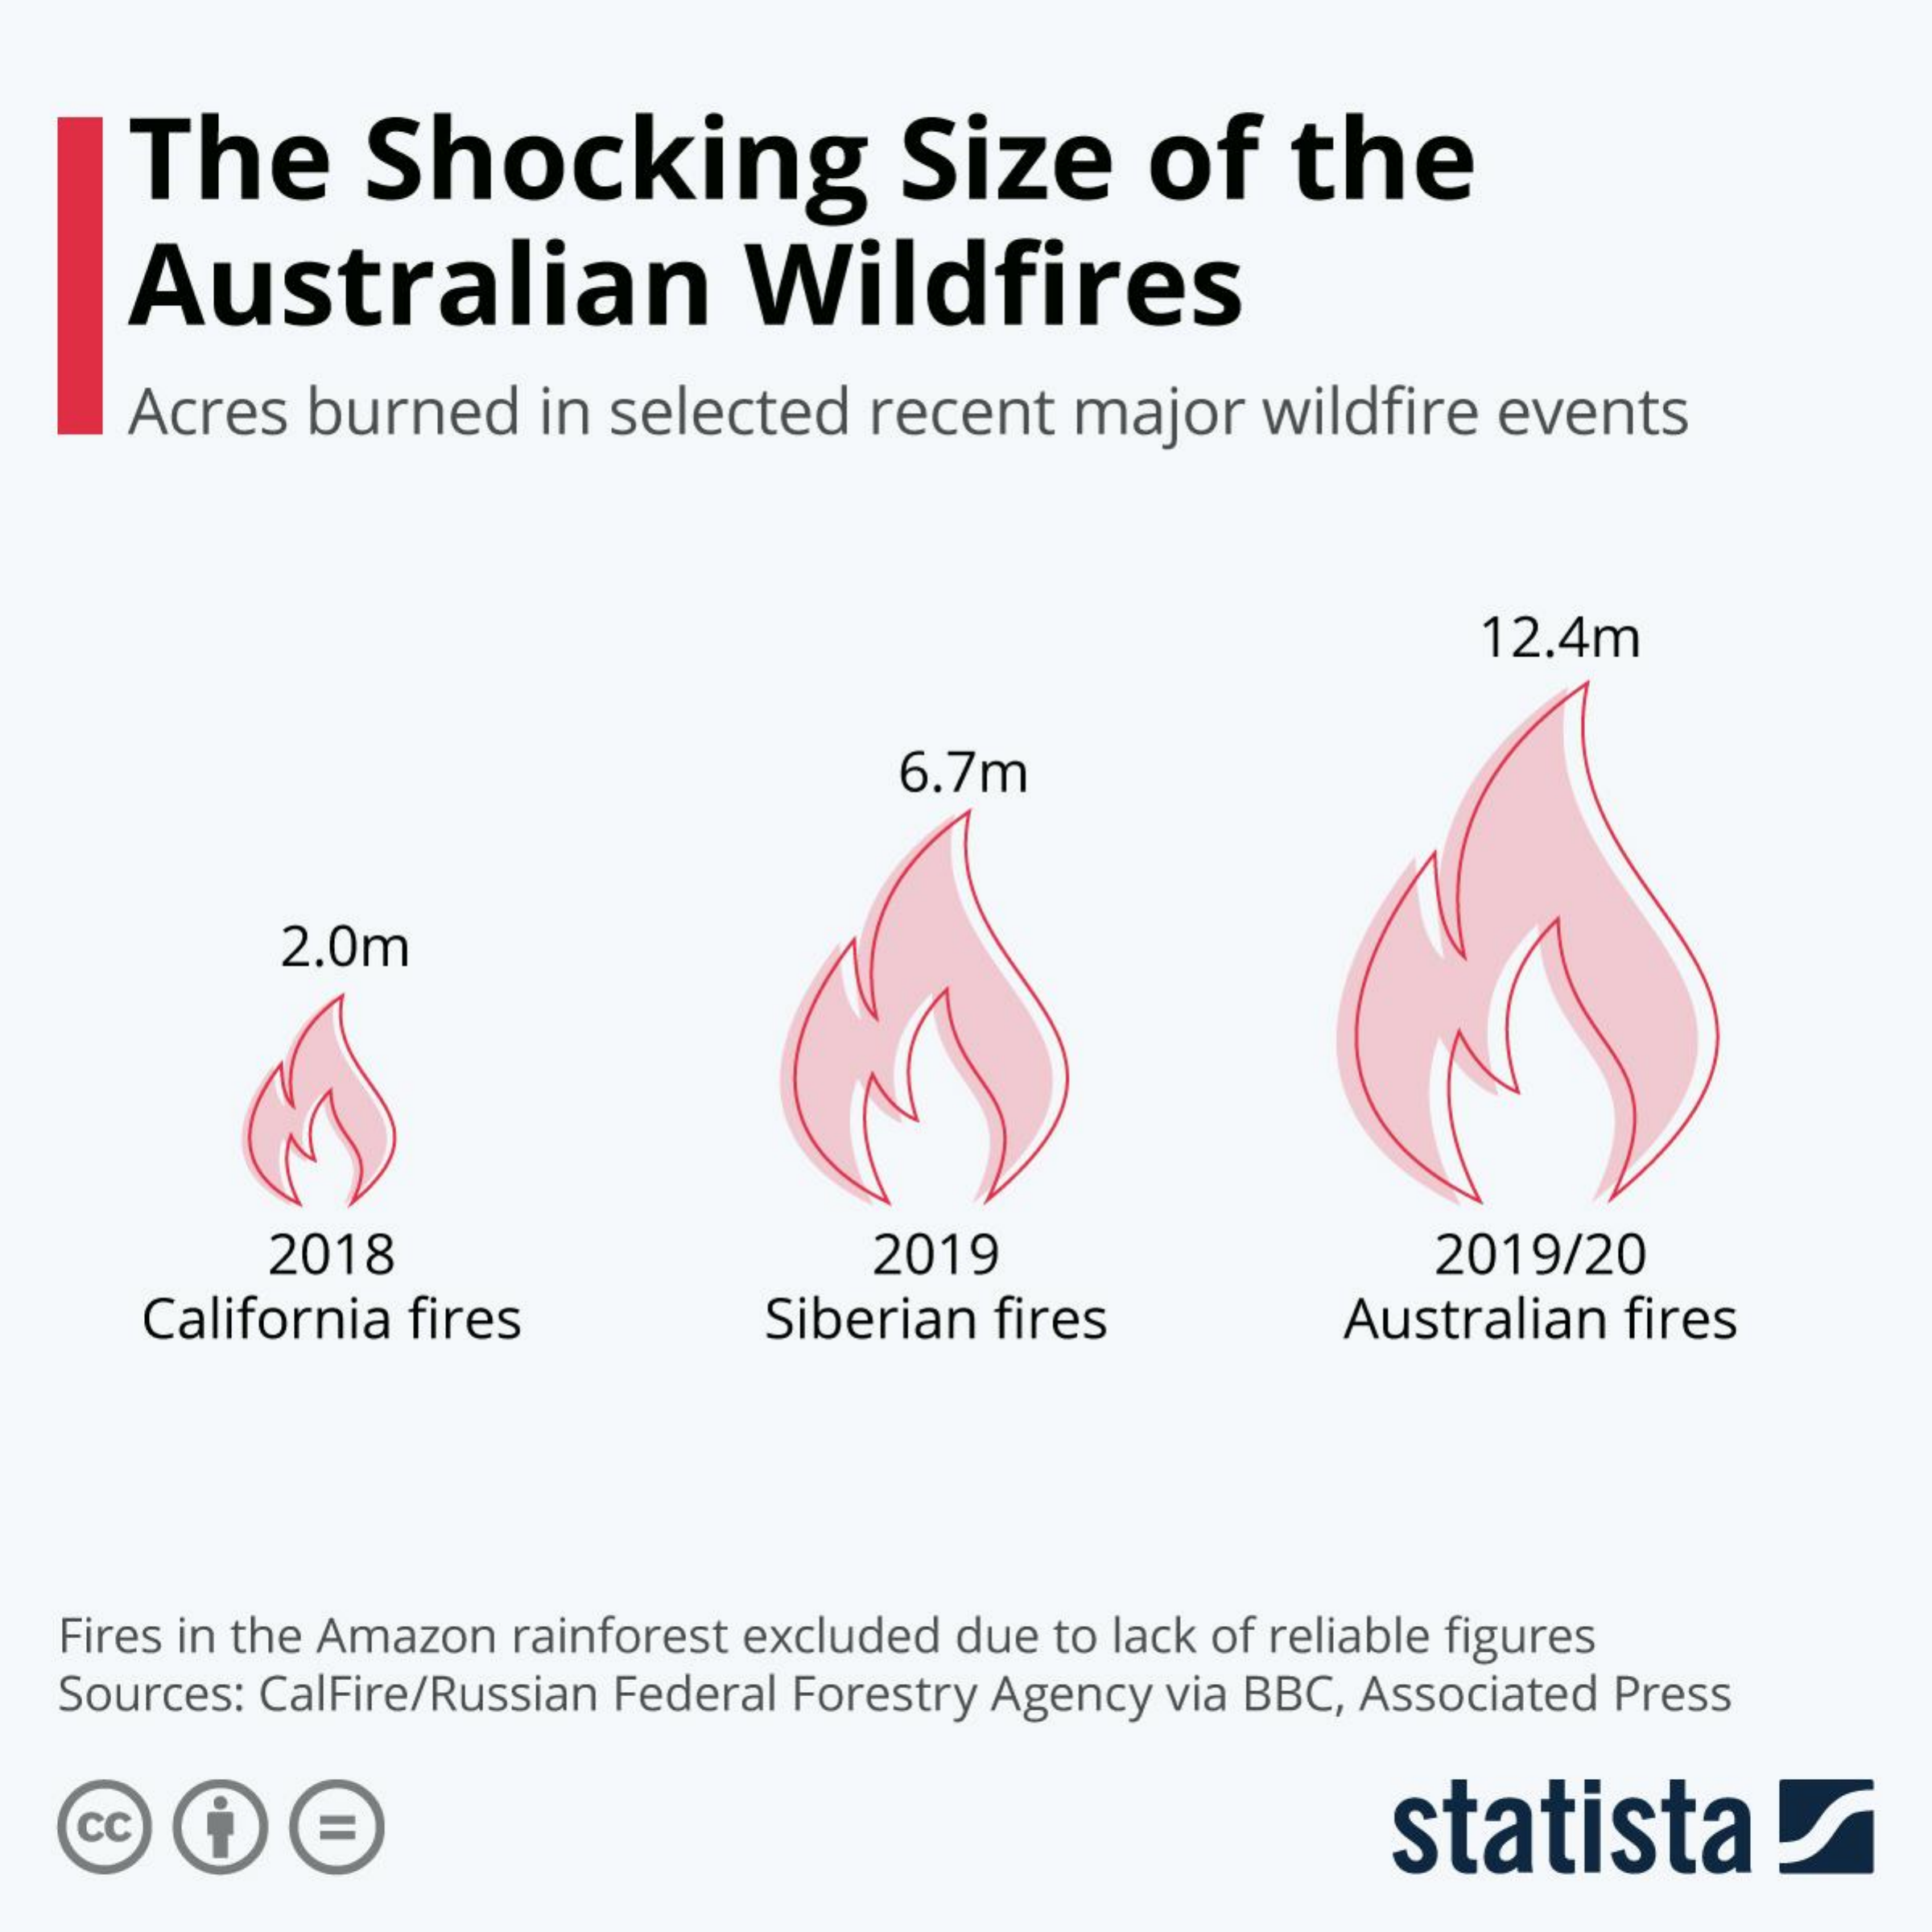
The    Shocking    Size    of   the
     Australian    Wildfires
     Acres burned   in selected  recent  major   wildfire events
     12.4m
     6.7m
     2.0m
     2018    2019    2019/20
     California fires    Siberian fires    Australian fires
   Fires in the Amazon rainforest excluded due to lack of reliable figures
   Sources: CalFire/Russian Federal Forestry Agency via BBC, Associated Press
   cc    statista!